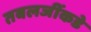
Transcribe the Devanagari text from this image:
तबलजींकडे